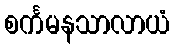
စင်္ကမနသာလာယံ